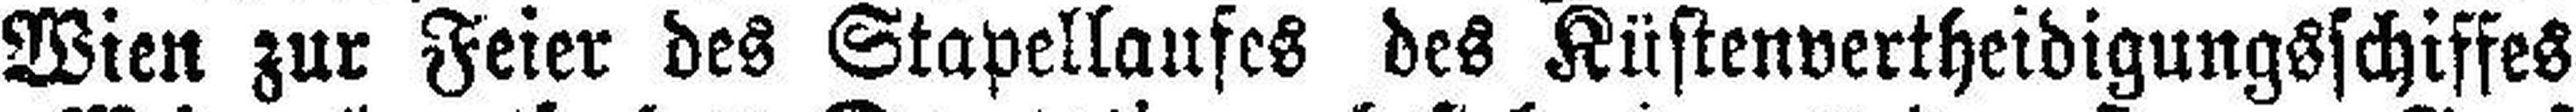
Wien zur Feier des Stapellaufes des Küstenvertheidigungsschiffes